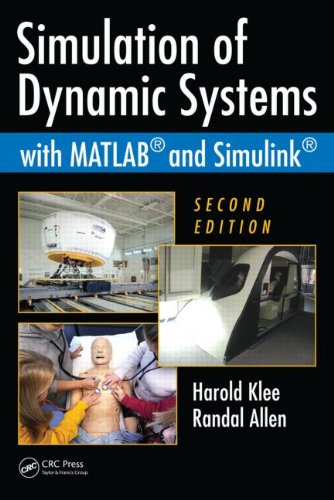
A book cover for Simulation of Dynamic Systems with MATLAB and Simulink, Second Edition; Harold Klee; Computers & Technology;